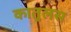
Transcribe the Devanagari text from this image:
कातुलस